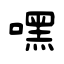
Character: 嘿